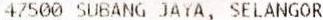
47500 SUBANG JAYA, SELANGOR